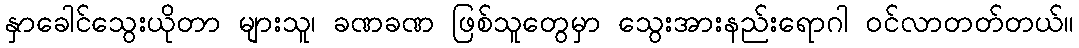
နှာခေါင်သွေးယိုတာ များသူ၊ ခဏခဏ ဖြစ်သူတွေမှာ သွေးအားနည်းရောဂါ ဝင်လာတတ်တယ်။